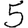
Digit: 5